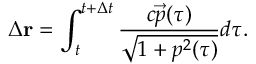
\Delta \mathbf { r } = \int _ { t } ^ { t + \Delta t } \frac { c \vec { p } ( \tau ) } { \sqrt { 1 + p ^ { 2 } ( \tau ) } } d \tau .